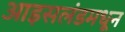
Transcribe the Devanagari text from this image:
आइसलंडमधून